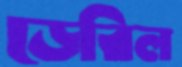
ডেরিল